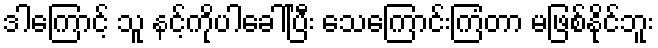
ဒါကြောင့် သူ နင့်ကိုပါခေါ်ပြီး သေကြောင်းကြံတာ မဖြစ်နိုင်ဘူး